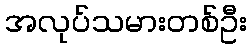
အလုပ်သမားတစ်ဦး